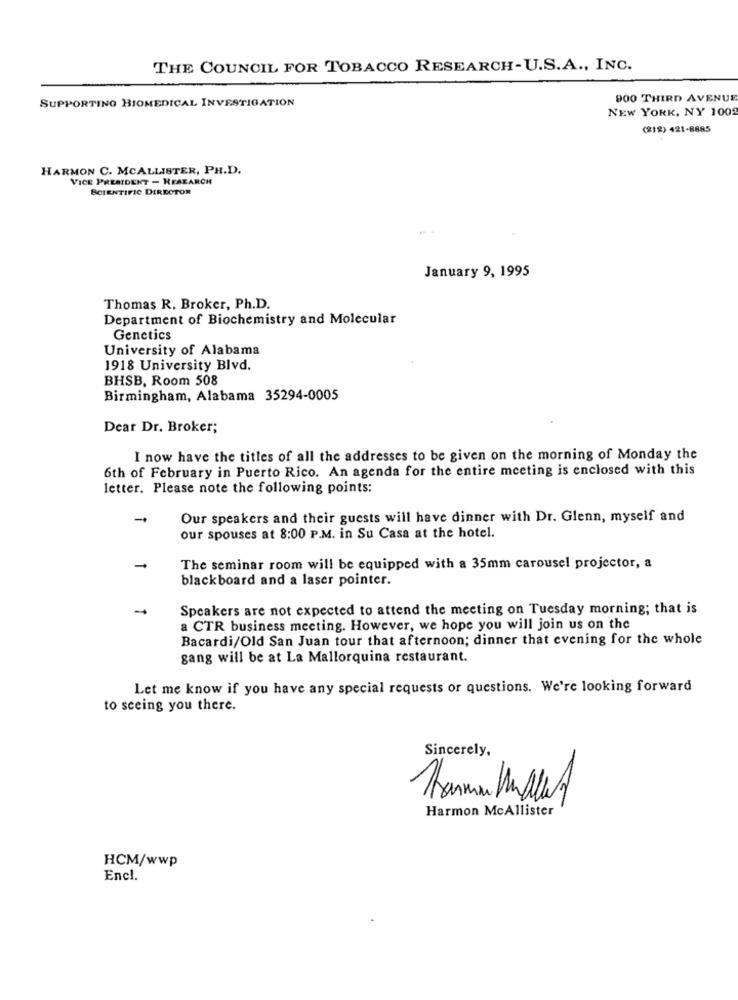
THE COUNCIL FOR TOBACCO RESEARCH-U.S.A ., INC.
SUPPORTING BIOMEDICAL INVESTIGATION
900 THIRD AVENUE
NEW YORK, NY 100
(212) 421-8885
HARMON C. MCALLISTER, PH.D.
VICE PRESIDENT - RESEARCH
SCIENTIFIC DIRECTOR
January 9, 1995
Thomas R. Broker, Ph.D.
Department of Biochemistry and Molecular
Genetics
University of Alabama
1918 University Blvd.
BHSB, Room 508
Birmingham, Alabama 35294-0005
Dear Dr. Broker;
I now have the titles of all the addresses to be given on the morning of Monday the
6th of February in Puerto Rico. An agenda for the entire meeting is enclosed with this
letter. Please note the following points:
Our speakers and their guests will have dinner with Dr. Glenn, myself and
our spouses at 8:00 P.M. in Su Casa at the hotel.
The seminar room will be equipped with a 35mm carousel projector, a
blackboard and a laser pointer.
-
Speakers are not expected to attend the meeting on Tuesday morning; that is
a CTR business meeting. However, we hope you will join us on the
Bacardi/Old San Juan tour that afternoon; dinner that evening for the whole
gang will be at La Mallorquina restaurant.
Let me know if you have any special requests or questions. We're looking forward
to seeing you there.
Sincerely,
Harmon McAllister
HCM/wwp
Encl.